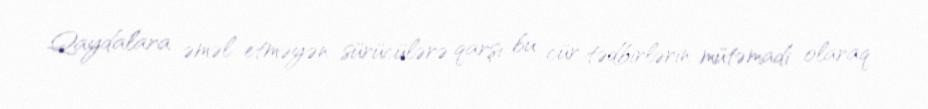
Qaydalara əməl etməyən sürücülərə qarşı bu cür tədbirlərin mütəmadi olaraq